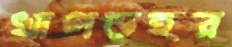
খাগডহর